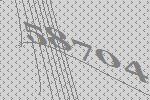
58704